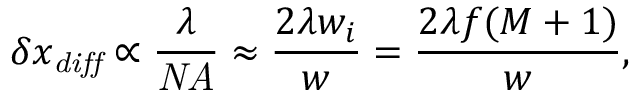
\delta x _ { \mathit { d i f f } } \propto \frac { \lambda } { \mathit { N A } } \approx \frac { 2 \lambda w _ { i } } { w } = \frac { 2 \lambda f ( M + 1 ) } { w } ,